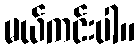
မယ်ကင်းပါ။